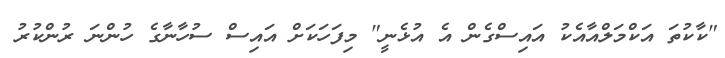
"ކާކުތަ އަކްމަލްއާއެކު އައިސްގެން އެ އުޅެނީ" މިފަހަކަށް އައިސް ސުހާނާގެ ހުންނަ ރުންކުރު